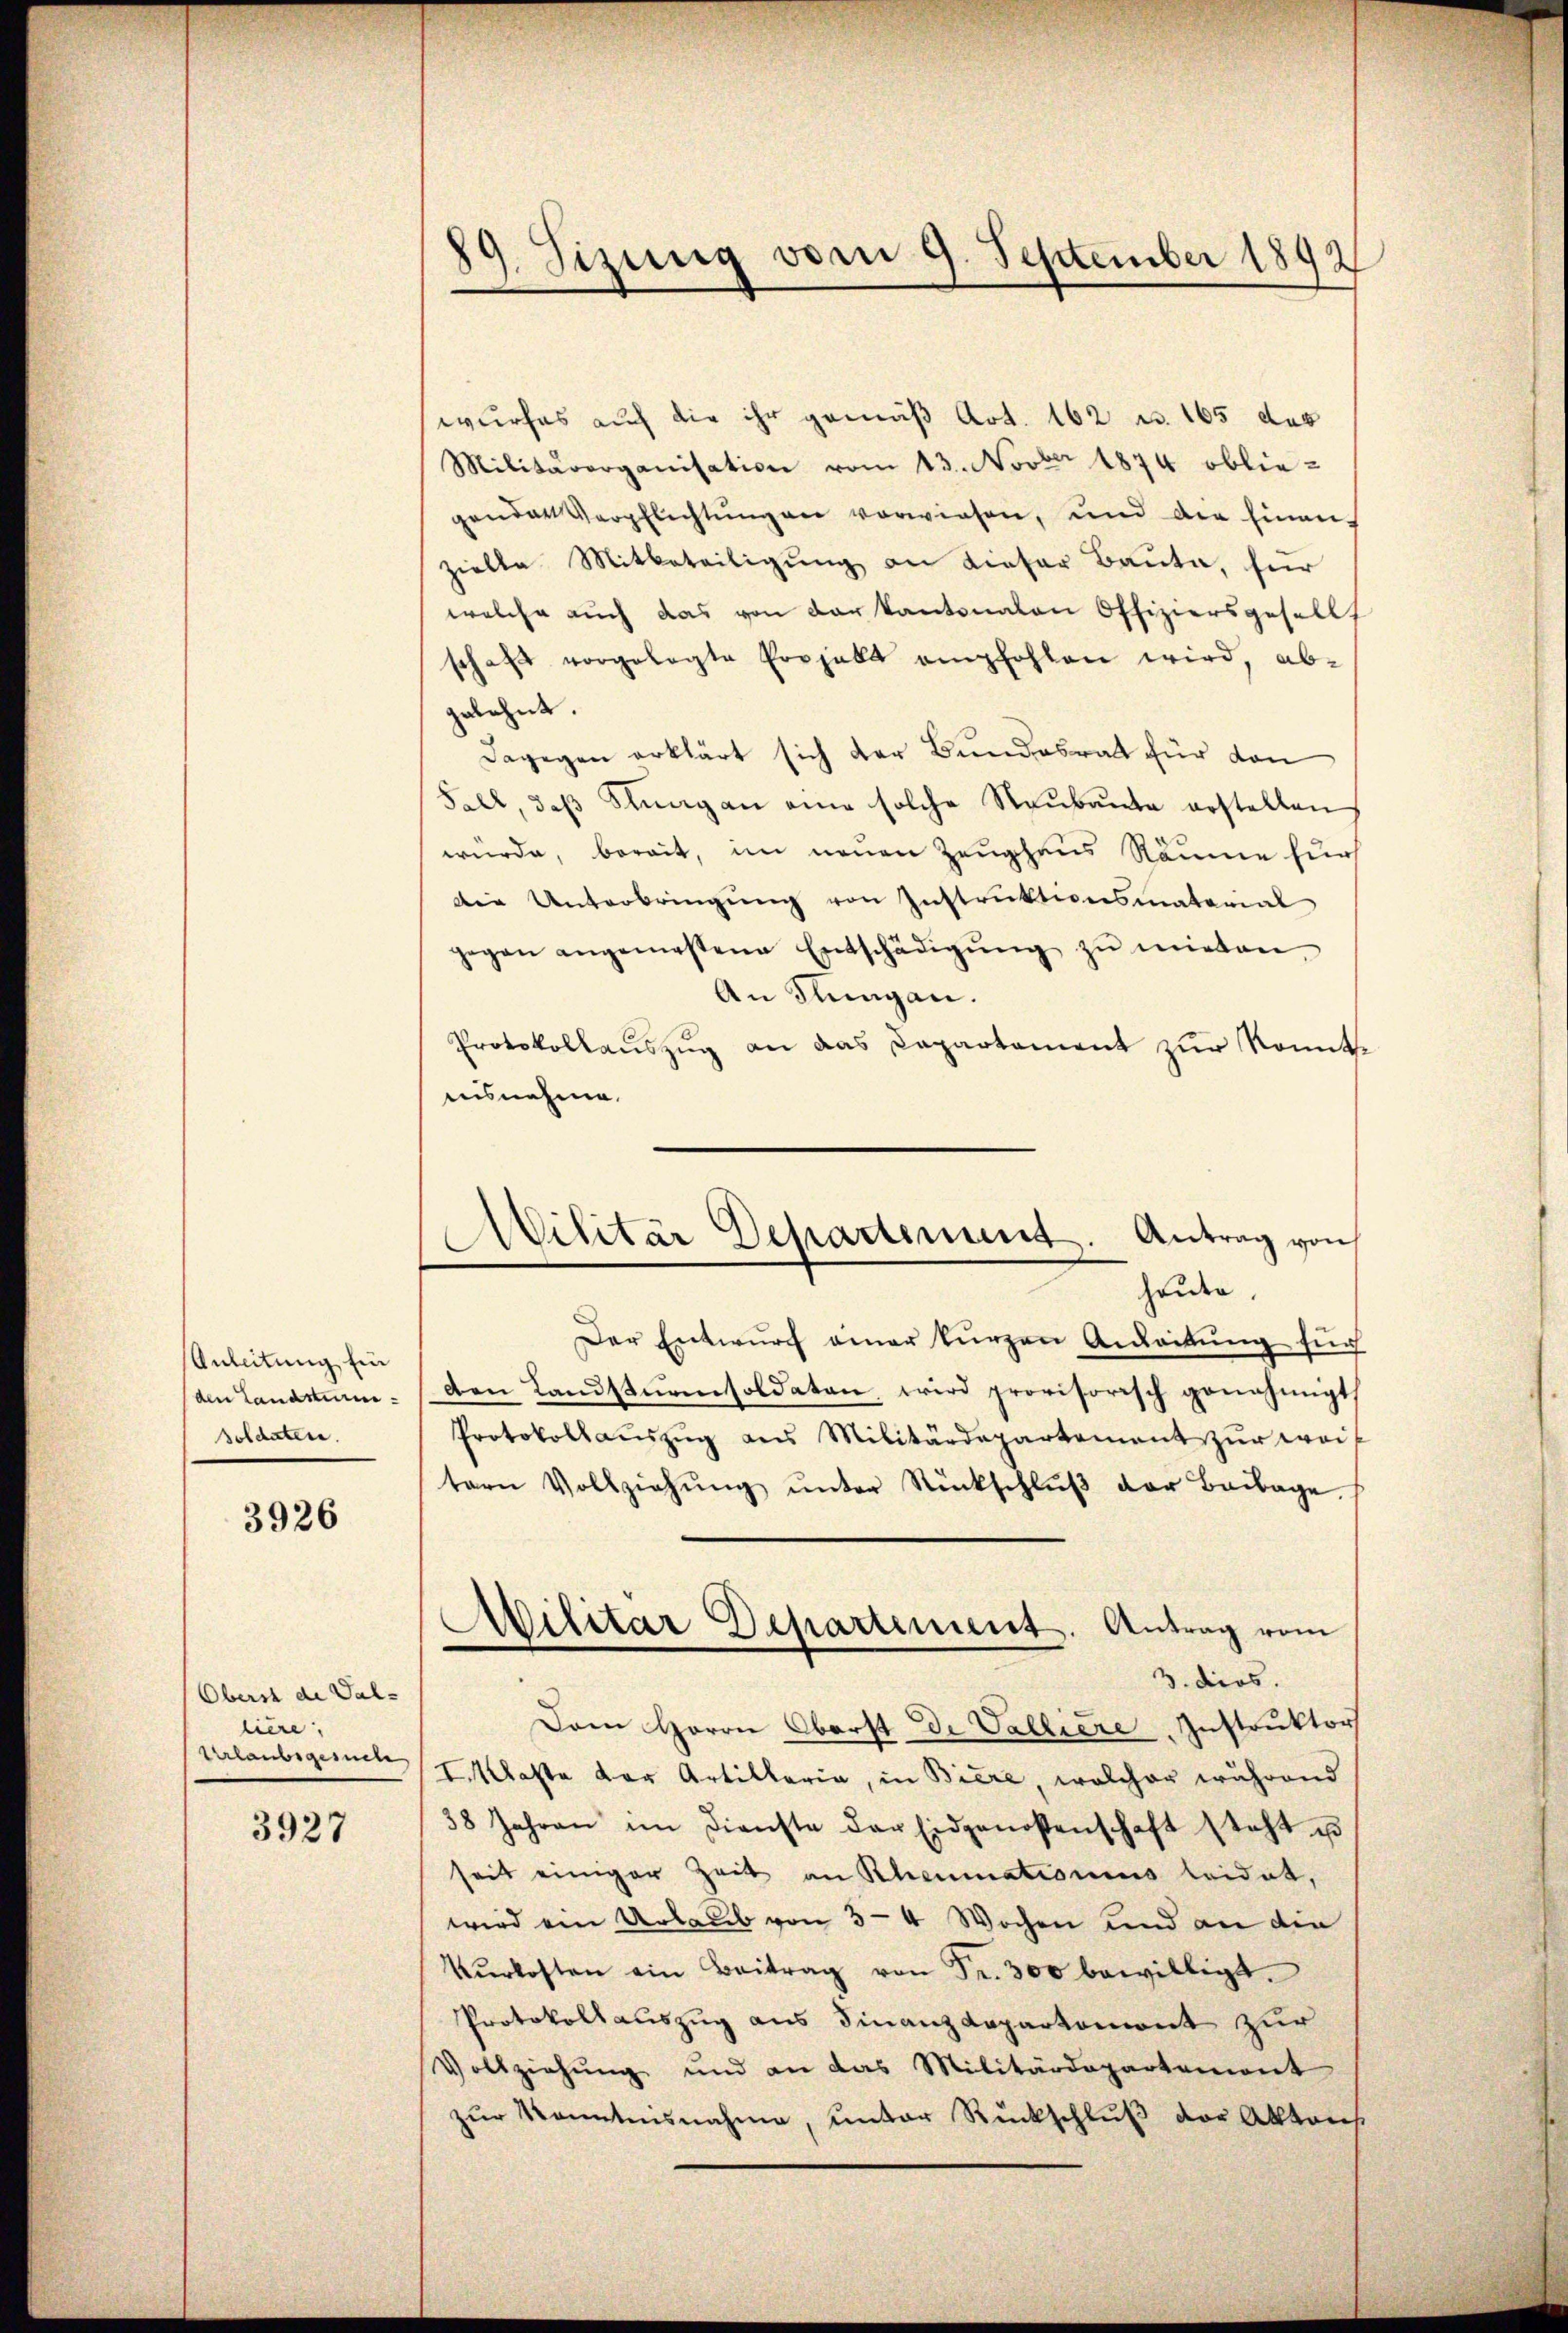
Anleitung ein
(den Landsturm-
soldaten.

3926

Oberst de Sal-
liere:
Urlaubsgesuche

3927

89. Sizung vom 9. September 1892

wurfes auch die ihr gemäß Art. 162 u. 165 des
Militärorganisation vom 13. Novber 1874 obliegender Verpflichtungen vorwiesen, und der hinan-
zielle Mitbeteiligung an dieser Baute, für
welche auch das von der kantonalen Offiziersgesell
schaft vorgelegte Prohalls empfohlen wird, ab-
gelehnt.
Dagegen erklärt sich der Bundesrat für den
Fall, daβ Stŭng an eine solche Staŭbaŭte erstellen
würde, bereit, im neuen Zeughaus Räume zur
Die Unterbringŭng von Instrŭktionsmatorial
gegen angemestene Entschädigŭng zŭ mieten.
An Flungen.
Protokollaŭszŭg an das Dapartament zur konnte
aisnehme.
heute.
Der Entwŭrf einer kurzen Anleitŭng für
den Landstŭresoldaten, wird provisorisch genehmigt,
Protokollaŭszŭg aŭs Militärdepartement zur weit
tern Vollziehŭng ŭnter Rückschlŭβ der Beilage.
Ailitar Departement. Antrag vom
3. dies.
Dem Herrn Oberst de Valliere Instruktor
I. Klaste der Artillaria, in Biere, welcher während
38 Jahren im Dienste der Eidgenossenschaft steht u
seit einiger Zeit an Rheumationes leidet,
wird ein Urlaub von 3–4 Wochen und an die
Kŭrkosten ein Beitrag von Fr. 300 bewilligt.
Protokollauszug aus Finanzdepartemont zur
Vollziehung und an das Militärdepartement
zŭr kanntensnahme, ŭnter Rückschlŭβ der Altaus

Militär Departement. Antrag von